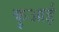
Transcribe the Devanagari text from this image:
कुआई